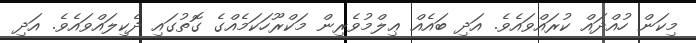
މިކަން ހުއްދައް ކުރައްވައެވެ. އަދި ބައެއް ޢިލްމުވެރިން މަކްރޫހަކަމެއްގެ ގޮތުގައި ދެކިލައްވައެވެ. އަދި